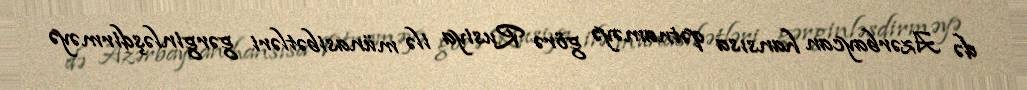
də Azərbaycan hansısa qətnaməyə görə Rusiya ilə münasibətləri gərginləşdirməyə